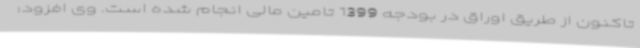
تاکنون از طریق اوراق در بودجه 1399 تامین مالی انجام شده است. وی افزود: